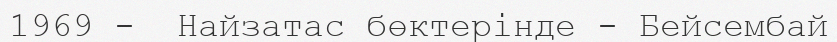
1969 -  Найзатас бөктерінде - Бейсембай